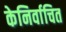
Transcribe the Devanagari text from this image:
केनिर्वाचित